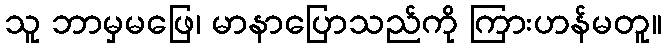
သူ ဘာမှမဖြေ၊ မာနာပြောသည်ကို ကြားဟန်မတူ။